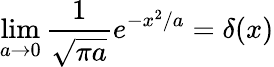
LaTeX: \operatorname*{lim}_{a\to 0}\frac{1}{\sqrt{\pi a}}e^{-x^{2}/a}=\delta(x)